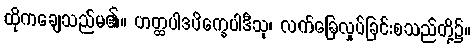
ထိုကချေသည်မ၏။ ဟတ္ထပါဒပိက္ခေပါဒီသု၊ လက်ခြေလှုပ်ခြင်းစသည်တို့၌။